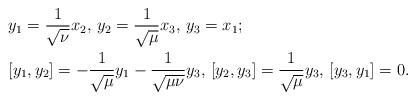
LaTeX: \begin{align*}&y_1=\frac{1}{\sqrt{\nu}}x_2, \, y_2=\frac{1}{\sqrt{\mu}}x_3, \, y_3=x_1;\\ &[y_1,y_2]=- \frac{1}{\sqrt{\mu}}y_1 -\frac{1}{\sqrt{\mu\nu}}y_3, \,[y_2,y_3]= \frac{1}{\sqrt{\mu}}y_3, \,[y_3,y_1]= 0.\end{align*}